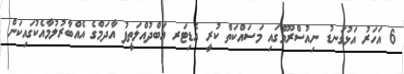
6 އަހަރު އަޅުގަނޑު ނިއުސްރޫމްގައި މަސައްކަތް ކުރީ އެޑިޓަރ އަބްދުއްލަތީފު އާދަމްގެ އެއްބާރުލުމާއެކުގައިކަން